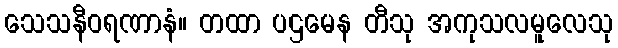
သေသနီဝရဏာနံ။ တထာ ပဌမေန တီသု အကုသလမူလေသု